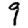
Digit: 9